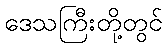
ဒေသကြီးတို့တွင်